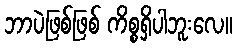
ဘာပဲဖြစ်ဖြစ် ကိစ္စရှိပါဘူးလေ။